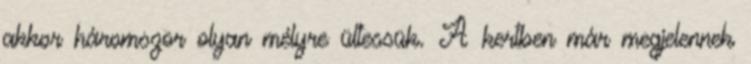
akkor háromszor olyan mélyre ültessük. A kertben már megjelennek